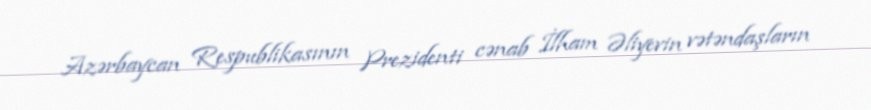
Azərbaycan Respublikasının Prezidenti cənab İlham Əliyevin vətəndaşların